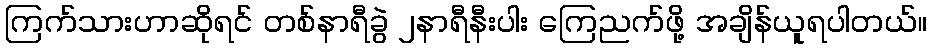
ကြက်သားဟာဆိုရင် တစ်နာရီခွဲ ၂နာရီနီးပါး ကြေညက်ဖို့ အချိန်ယူရပါတယ်။